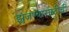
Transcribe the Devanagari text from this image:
झुंजण्यासाठीची